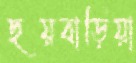
ছয়বাড়িয়া